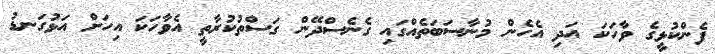
ފެންކުޅީގެ ވާހަކަ އަދި އެހެން މުނާސަބަތެއްގައި ގެނެސްދޭން ގަސްތުކުރާތީ އެވާހަކަ އިހަށް އަޅުގަނޑު